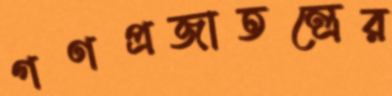
গণপ্রজাতন্ত্রের